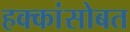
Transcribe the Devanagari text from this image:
हक्कांसोबत